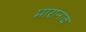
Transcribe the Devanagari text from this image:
मारानाव